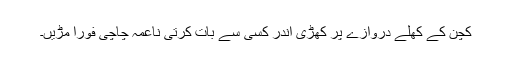
کچن کے کھلے دروازے پر کھڑی اندر کسی سے بات کرتی ناعمہ چاچی فوراً مڑیں۔